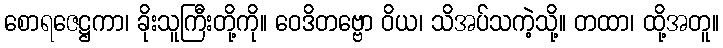
စောရဇေဋ္ဌကာ၊ ခိုးသူကြီးတို့ကို။ ဝေဒိတဗ္ဗော ဝိယ၊ သိအပ်သကဲ့သို့။ တထာ၊ ထို့အတူ။